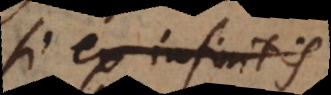
si ex infinitis